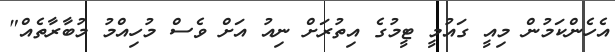
އެހެންކަމުން މިއީ ގައުމީ ޓީމުގެ އިތުރަށް ނިއު އަށް ވެސް މުހިއްމު މުބާރާތެއް"